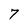
Character: 7